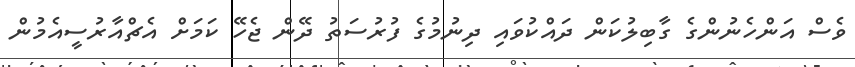
ވެސް އަންހެނުންގެ ގާބިލުކަން ދައްކުވައި ދިނުމުގެ ފުރުސަތު ދޭން ޖެހޭ ކަމަށް އެޗްއާރުސީއެމުން